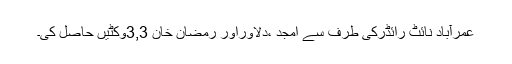
عمرآباد نائٹ رائڈرکی طرف سے امجد ،دلاوراور رمضان خان 3,3وکٹیں حاصل کی۔